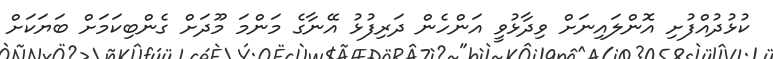
ކުޅުދުއްފުށި އޮންލައިނަށް ވިދާޅުވީ އަންހެން ދަރިފުޅު އޭނާގެ މަންމަ މޫދަށް ގެންބިކަމަށް ބަޔަކަށް